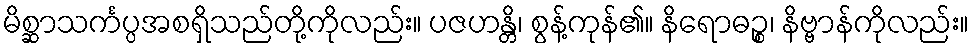
မိစ္ဆာသင်္ကပ္ပအစရှိသည်တို့ကိုလည်း။ ပဇဟန္တိ၊ စွန့်ကုန်၏။ နိရောဓဉ္စ၊ နိဗ္ဗာန်ကိုလည်း။